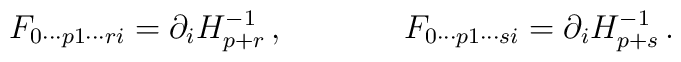
F_{0\cdots p1\cdots ri} = \partial_i H_{p+r}^{-1}\, ,\hskip 1.5truecmF_{0\cdots p1\cdots si} = \partial_i H_{p+s}^{-1}\, .